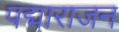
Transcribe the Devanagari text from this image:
पद्माराजन